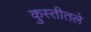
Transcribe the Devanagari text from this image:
कुस्तीतले